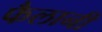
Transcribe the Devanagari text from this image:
फैलानी